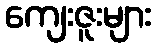
ကျေးဇူးများ